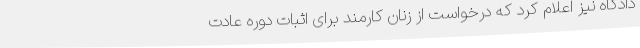
دادگاه نیز اعلام کرد که درخواست از زنان کارمند برای اثبات دوره عادت